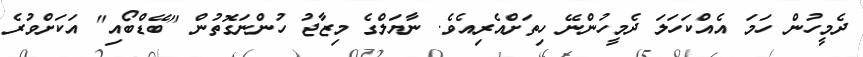
ދެމީހުން ހަމަ އެއްކަހަލަ ދެމީހުންނޭ ހިތަށްއެރިއެވެ. ނާޔަލްގެ މިޒާޖު ހުންނަގޮތުން "ބޭޑްބޯއި" އަކަށްވުރެ